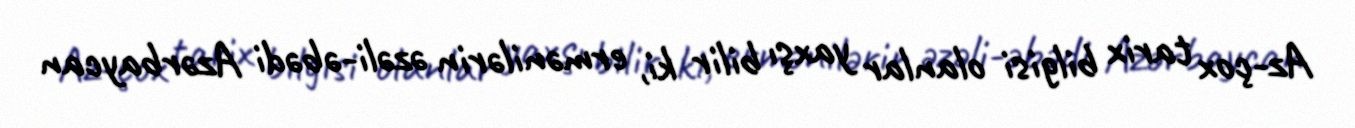
Az-çox tarix bilgisi olanlar yaxşı bilir ki, ermənilərin əzəli-əbədi Azərbaycan